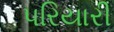
પરિયારી